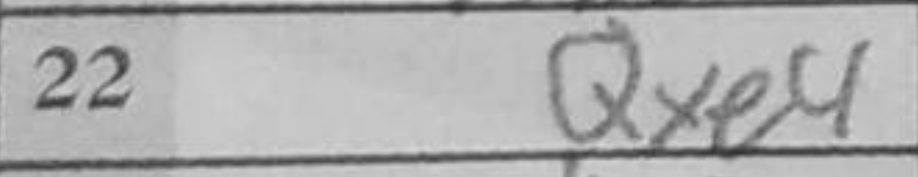
Transcription: Qxe4